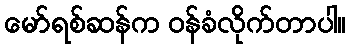
မော်ရစ်ဆန်က ဝန်ခံလိုက်တာပါ။